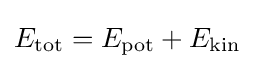
E_{\text{tot}}=E_{\text{pot}}+E_{\text{kin}}